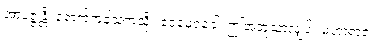
အာပဇ္ဇန္တိ၊ ရောက်ကုန်သကဲ့သို့။ ဧဝမေဝခေါ၊ ဤအတူသာလျှင်။ မဟာရာဇ၊